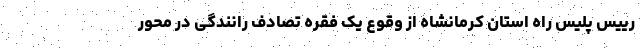
رییس پلیس راه استان کرمانشاه از وقوع یک فقره تصادف رانندگی در محور